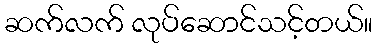
ဆက်လက် လုပ်ဆောင်သင့်တယ်။